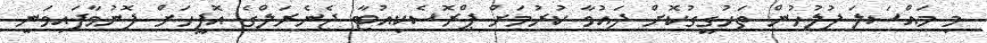
މި މައްސަލަ ފުލުހުން ތަހުގީގުކޮށް ދައުވާ ކުރުމަށް ޕްރޮސެކިއުޓާ ޖެނެރަލްގެ އޮފީހަށް ފޮނުވާފައިވަނީ